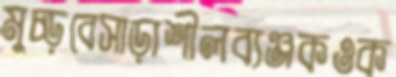
মুচ্‌ড়বেসাড়াশীলব্যঞ্জকওক